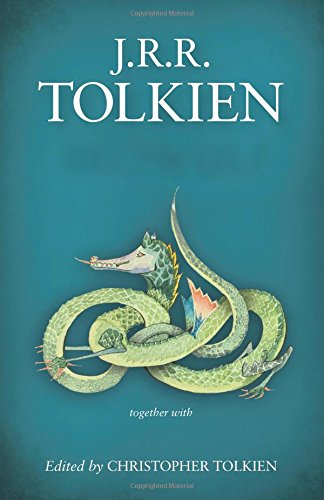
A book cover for Beowulf: A Translation and Commentary; Science Fiction & Fantasy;